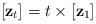
LaTeX: \begin{align*} [\mathbf{z}_t] = t\times [\mathbf{z}_1]\end{align*}